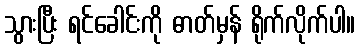
သွားပြီး ရင်ခေါင်းကို ဓာတ်မှန် ရိုက်လိုက်ပါ။